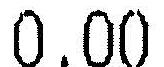
0.00